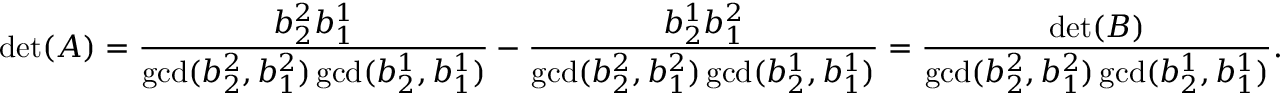
\operatorname* { d e t } ( A ) = \frac { b _ { 2 } ^ { 2 } b _ { 1 } ^ { 1 } } { \operatorname* { g c d } ( b _ { 2 } ^ { 2 } , b _ { 1 } ^ { 2 } ) \operatorname* { g c d } ( b _ { 2 } ^ { 1 } , b _ { 1 } ^ { 1 } ) } - \frac { b _ { 2 } ^ { 1 } b _ { 1 } ^ { 2 } } { \operatorname* { g c d } ( b _ { 2 } ^ { 2 } , b _ { 1 } ^ { 2 } ) \operatorname* { g c d } ( b _ { 2 } ^ { 1 } , b _ { 1 } ^ { 1 } ) } = \frac { \operatorname* { d e t } ( B ) } { \operatorname* { g c d } ( b _ { 2 } ^ { 2 } , b _ { 1 } ^ { 2 } ) \operatorname* { g c d } ( b _ { 2 } ^ { 1 } , b _ { 1 } ^ { 1 } ) } .